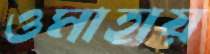
ওমাহায়